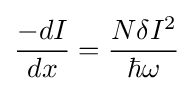
{-dI \over dx}={N\delta I^{2} \over \hbar \omega }